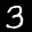
Label: 3